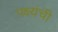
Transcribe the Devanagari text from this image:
पक्ष्यंची